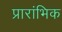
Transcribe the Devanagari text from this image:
प्रारांभिक